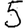
Digit: 5